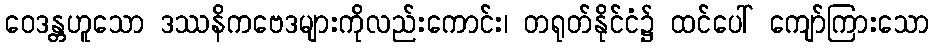
ဝေဒန္တဟူသော ဒဿနိကဗေဒများကိုလည်းကောင်း၊ တရုတ်နိုင်ငံ၌ ထင်ပေါ် ကျော်ကြားသော